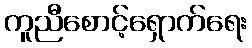
ကူညီစောင့်ရှောက်ရေး